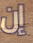
إن